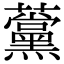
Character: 𧅗